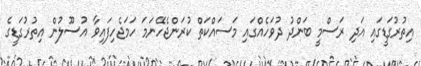
އިތުރުގަޑީގައި އަދި ރަސްމީ ބަންދު ދުވަހެއްގައި މަސައްކަތް ކުރަންޖެހޭނަމަ ހަމަޖެހިފައިވާ އުސޫލުން އިތުރުގަޑީގެ